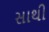
સાથી